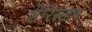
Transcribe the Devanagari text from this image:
शेरिस्तान